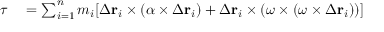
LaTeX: \begin{array} { r l } { { \boldsymbol { \tau } } } & { { } = \sum _ { i = 1 } ^ { n } m _ { i } [ { \boldsymbol { \Delta } } \mathbf { r } _ { i } \times ( { \boldsymbol { \alpha } } \times { \boldsymbol { \Delta } } \mathbf { r } _ { i } ) + { \boldsymbol { \Delta } } \mathbf { r } _ { i } \times ( { \boldsymbol { \omega } } \times ( { \boldsymbol { \omega } } \times { \boldsymbol { \Delta } } \mathbf { r } _ { i } ) ) ] } \end{array}